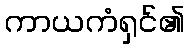
ကာယကံရှင်၏